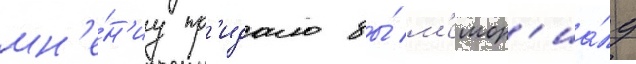
мн'е́н'иу пр'идало бы́ м'емор'иа́лу